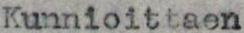
Kunnioittaen